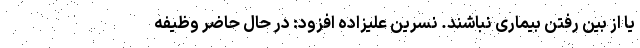
یا از بین رفتن بیماری نباشند. نسرین علیزاده افزود: در حال حاضر وظیفه